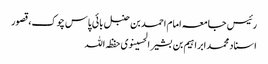
رئیس جامعہ امام احمد بن حنبل بائی پاس چوک،قصور
اسناد محمدابراہیم بن بشیر الحسینوی حفظہ اللہ